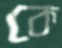
কে